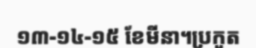
១៣-១៤-១៥ ខែមីនា។ប្រកួត